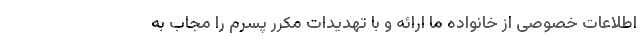
اطلاعات خصوصی از خانواده ما ارائه و با تهدیدات مکرر پسرم را مجاب به